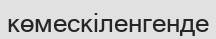
көмескіленгенде